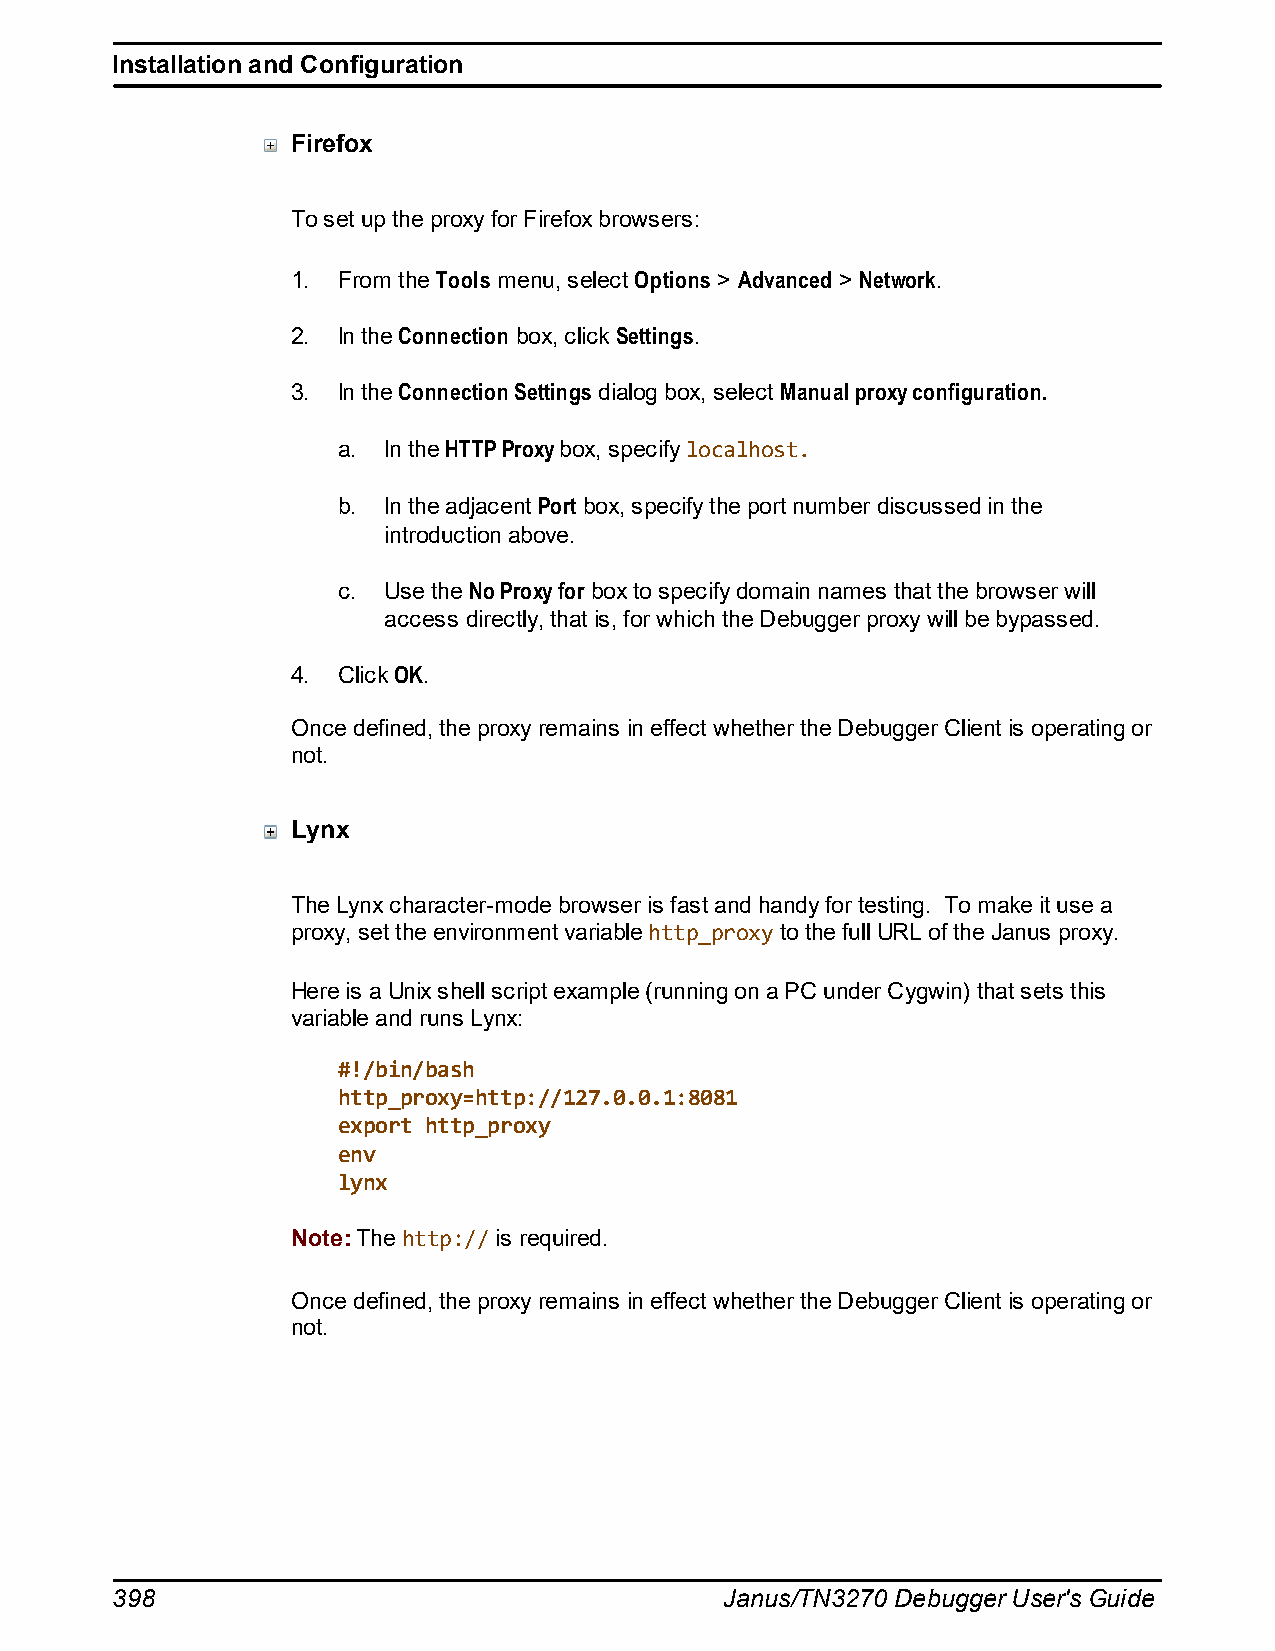
Installation and Configuration
 Firefox
 To set up the proxy for Firefox browsers:
 1. From the Tools menu, select Options > Advanced > Network.
 2. In the Connection box, click Settings.
 3. In the Connection Settings dialog box, select Manual proxy configuration.
 a. In the HTTP Proxy box, specify localhost.
 b. In the adjacent Port box, specify the port number discussed in the
 introduction above.
 c. Use the No Proxy for box to specify domain names that the browser will
 access directly, that is, for which the Debugger proxy will be bypassed.
 4. Click OK.
 Once defined, the proxy remains in effect whether the Debugger Client is operating or
 not.
 Lynx
 The Lynx character-mode browser is fast and handy for testing. To make it use a
 proxy, set the environment variable http_proxy to the full URL of the Janus proxy.
 Here is a Unix shell script example (running on a PC under Cygwin) that sets this
 variable and runs Lynx:
 #!/bin/bash
 http_proxy=http://127.0.0.1:8081
 export http_proxy
 env
 lynx
 Note: The http:// is required.
 Once defined, the proxy remains in effect whether the Debugger Client is operating or
 not.
 398                                      Janus/TN3270 Debugger User's Guide